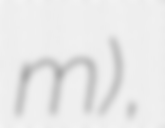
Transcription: m),